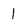
Character: l